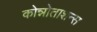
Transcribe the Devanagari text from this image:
कोन्नोताशन्स